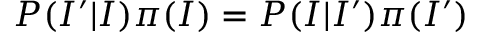
P ( I ^ { \prime } | I ) \pi ( I ) = P ( I | I ^ { \prime } ) \pi ( I ^ { \prime } )